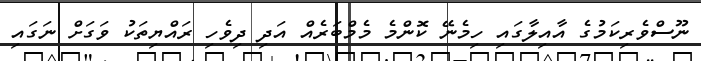
ނޫސްވެރިކަމުގެ އާއިލާގައި ހިމެނޭ ކޮންމެ މެމްބަރެއް އަދި ދިވެހި ރައްޔިތަކު ވަގަށް ނަގައި